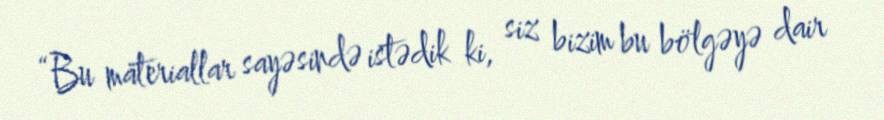
“Bu materiallar sayəsində istədik ki, siz bizim bu bölgəyə dair